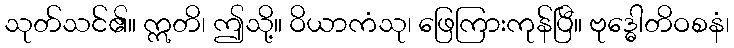
သုတ်သင်၏။ ဣတိ၊ ဤသို့။ ဝိယာကံသု၊ ဖြေကြားကုန်ပြီ။ ဗုဒ္ဓေါတိဝစနံ၊